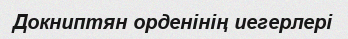
Докниптян орденінің иегерлері